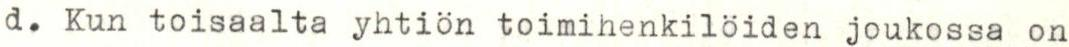
d. Kun toisaalta yhtiön toimihenkilöiden joukossa on